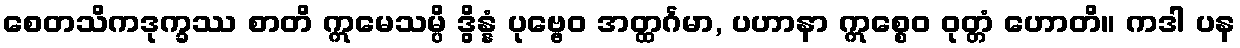
စေတသိကဒုက္ခဿ စာတိ ဣမေသမ္ပိ ဒွိန္နံ ပုဗ္ဗေဝ အတ္ထင်္ဂမာ, ပဟာနာ ဣစ္စေဝ ဝုတ္တံ ဟောတိ။ ကဒါ ပန